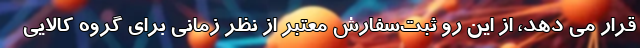
قرار می دهد، از این رو ثبت‌سفارش معتبر از نظر زمانی برای گروه کالایی